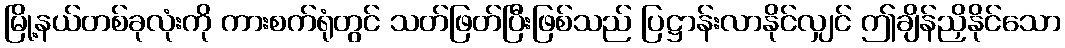
မြို့နယ်တစ်ခုလုံးကို ကားစက်ရုံတွင် သတ်ဖြတ်ပြီးဖြစ်သည် ပြဋ္ဌာန်းလာနိုင်လျှင် ဤချိန်ညှိနိုင်သော